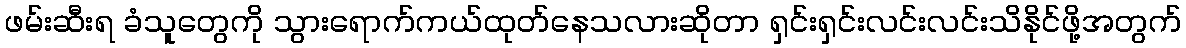
ဖမ်းဆီးရ ခံသူတွေကို သွားရောက်ကယ်ထုတ်နေသလားဆိုတာ ရှင်းရှင်းလင်းလင်းသိနိုင်ဖို့အတွက်